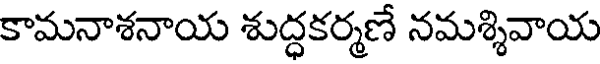
కామనాశనాయ శుద్ధకర్మణే నమశ్శివాయ